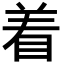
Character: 着